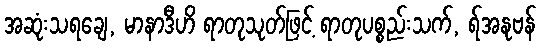
အဆုံးသရချေ, မာနာဒီဟိ ရာတုသုတ်ဖြင့် ရာတုပစ္စည်းသက်, ရ်အနုဗန်